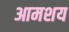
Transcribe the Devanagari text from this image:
आमशय